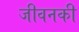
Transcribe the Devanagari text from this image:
जीवनकी